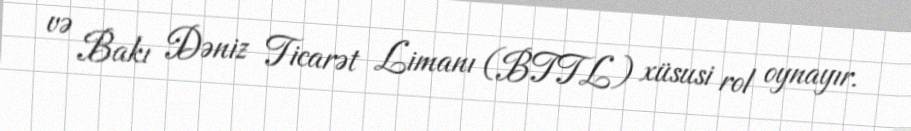
və Bakı Dəniz Ticarət Limanı (BTTL) xüsusi rol oynayır.